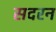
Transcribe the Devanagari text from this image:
सदरन